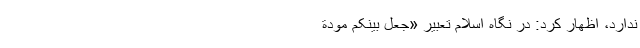
ندارد، اظهار کرد: در نگاه اسلام تعبیر «جَعَلَ بَیْنَکُمْ مَوَدَّةً